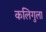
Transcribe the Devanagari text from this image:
कलिगुला